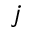
j